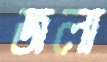
জলা